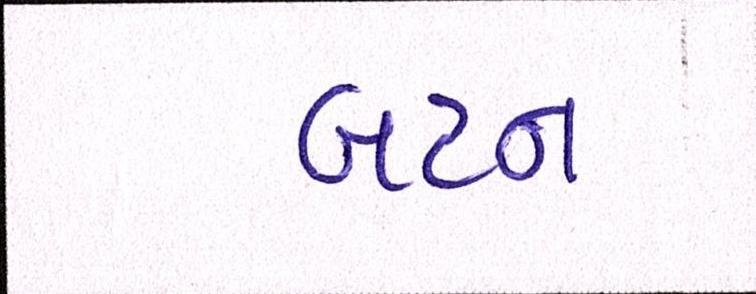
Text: બટન